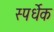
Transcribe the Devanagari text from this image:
स्पर्धेक